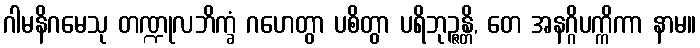
ဂါမနိဂမေသု တဏ္ဍုလဘိက္ခံ ဂဟေတွာ ပစိတွာ ပရိဘုဉ္ဇန္တိ, တေ အနဂ္ဂိပက္ကိကာ နာမ။